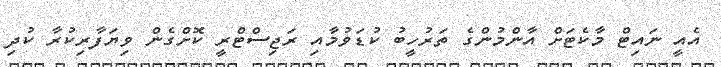
އެއީ ނައިޓް މާކެޓަށް އާންމުންގެ ތަރުހީބު ކުޑަވުމާއި ރަޖިސްޓްރީ ކޮށްގެން ވިޔަފާރިކުރާ ކުދި